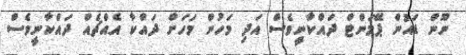
ނޫން ޑައުން ޕޭމަންޓް ދައްކާނީވެސް އަދި މަހުން މަހަށް ދައްކާ އެއްޗެއް ދައްކާނީވެސް